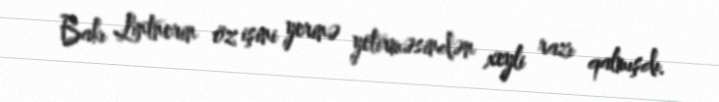
Bakı Lintnerin öz işini yerinə yetirməsindən xeyli razı qalmışdı.